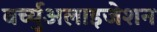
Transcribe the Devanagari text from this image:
वर्च्युअलाइजेशन